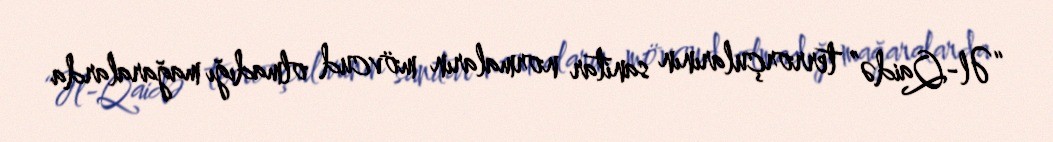
“Əl-Qaidə” terrorçularının sanitar normaların mövcud olmadığı mağaralarda